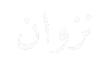
نزوان